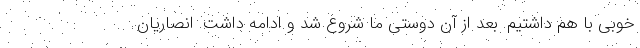
خوبی با هم داشتیم. بعد از آن دوستی ما شروع شد و ادامه داشت. انصاریان